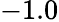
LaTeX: -1.0